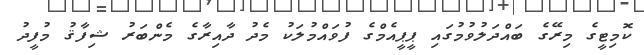
ކޮމިޓީގެ މިރޭގެ ބައްދަލުވުމުގައި ޕީޕީއެމްގެ ފުވައްމުލަކު މެދު ދާއިރާގެ މެންބަރު ޝިފާޤު މުފީދު